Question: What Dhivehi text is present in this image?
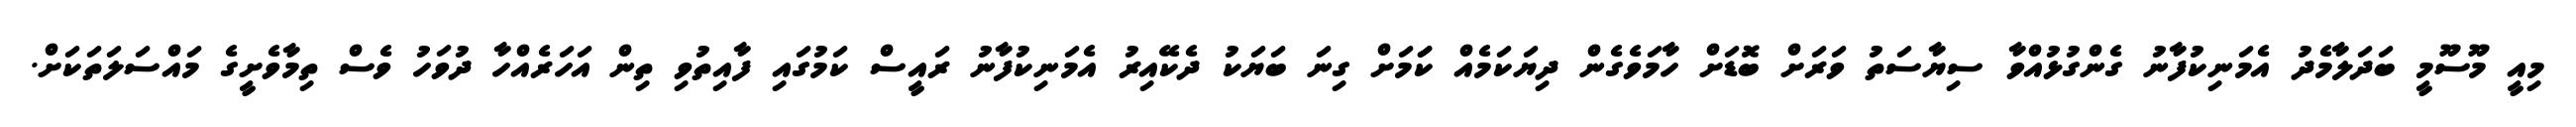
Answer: މިއީ މޫސޫމީ ބަދަލާމެދު އެމަނިކުފާނު ގެންގުޅުއްވާ ސިޔާސަތު ވަރަށް ބޮޑަށް ހާމަވެގެން ދިޔަކަމެއް ކަަމަށް ގިނަ ބަޔަކު ދެކޭއިރު އެމަނިކުފާނު ރައީސް ކަމުގައި ފާއިތުވި ތިން އަހަރެއްހާ ދުވަހު ވެސް ތިމާވެށީގެ މައްސަލަތަކަށް.